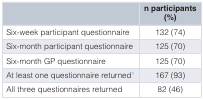
<table><thead><tr><td></td><td><b>n participants(%)</b></td></tr></thead><tbody><tr><td>Six-week participant questionnaire</td><td>132 (74)</td></tr><tr><td>Six-month participant questionnaire</td><td>125 (70)</td></tr><tr><td>Six-month GP questionnaire</td><td>125 (70)</td></tr><tr><td>At least one questionnaire returned<sup>1</sup></td><td>167 (93)</td></tr><tr><td>All three questionnaires returned</td><td>82 (46)</td></tr></tbody></table>